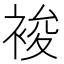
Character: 𧚉